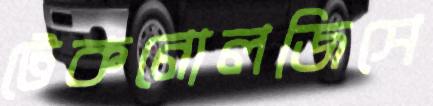
টেকনোলজিসে